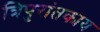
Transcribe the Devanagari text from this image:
त्रिपुरांतकाय